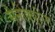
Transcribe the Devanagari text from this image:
मैनीक्यूरिंग